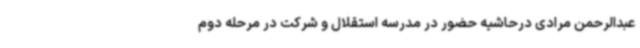
عبدالرحمن مرادی درحاشیه حضور در مدرسه استقلال و شرکت در مرحله دوم